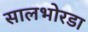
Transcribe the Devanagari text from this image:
सालभोरडा